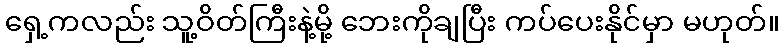
ရှေ့ကလည်း သူ့ဝိတ်ကြီးနဲ့မို့ ဘေးကိုချပြီး ကပ်ပေးနိုင်မှာ မဟုတ်။